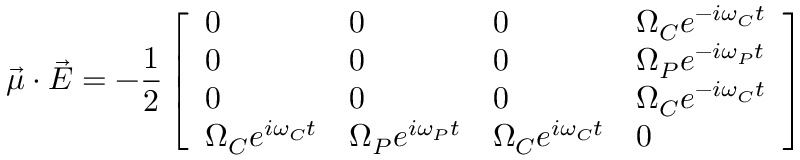
\Vec { \mu } \cdot \Vec { E } = - \frac { 1 } { 2 } \left[ \begin{array} { l l l l } { 0 } & { 0 } & { 0 } & { \Omega _ { C } e ^ { - i \omega _ { C } t } } \\ { 0 } & { 0 } & { 0 } & { \Omega _ { P } e ^ { - i \omega _ { P } t } } \\ { 0 } & { 0 } & { 0 } & { \Omega _ { C } e ^ { - i \omega _ { C } t } } \\ { \Omega _ { C } e ^ { i \omega _ { C } t } } & { \Omega _ { P } e ^ { i \omega _ { P } t } } & { \Omega _ { C } e ^ { i \omega _ { C } t } } & { 0 } \end{array} \right]